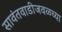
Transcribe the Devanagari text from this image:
सावंतवाडीजवळच्या